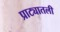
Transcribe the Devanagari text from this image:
प्राट्यातली